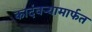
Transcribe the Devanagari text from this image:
कादंबऱ्यामार्फत